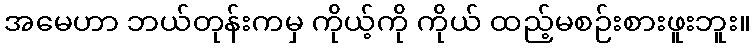
အမေဟာ ဘယ်တုန်းကမှ ကိုယ့်ကို ကိုယ် ထည့်မစဉ်းစားဖူးဘူး။